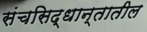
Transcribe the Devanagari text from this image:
संचसिद्धान्तातील